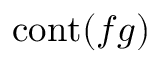
\operatorname { c o n t } ( f g )